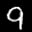
Label: 9